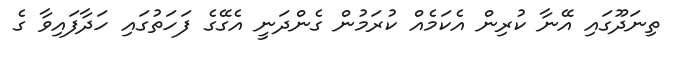
ތިނަދޫގައި އޭނާ ކުރިން އެކަމެއް ކުރަމުން ގެންދަނީ އެގޭގެ ފަހަތުގައި ހަދާފައިވާ ގެ